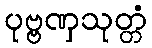
ပုဗ္ဗဏှသုတ္တံ